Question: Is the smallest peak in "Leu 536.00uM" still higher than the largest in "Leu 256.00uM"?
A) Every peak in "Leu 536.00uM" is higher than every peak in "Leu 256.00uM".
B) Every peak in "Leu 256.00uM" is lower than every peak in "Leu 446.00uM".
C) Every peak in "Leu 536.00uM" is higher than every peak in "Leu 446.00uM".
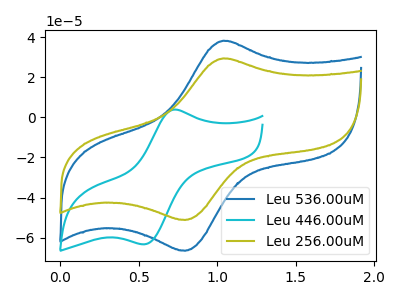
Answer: <think>The blue curve "Leu 536.00uM" has an anodic peak at (1.05V, 38.20uA) and a cathodic peak at (0.80V, -66.50uA). The cyan curve "Leu 446.00uM" has an anodic peak at (0.75V, 3.90uA) and a cathodic peak at (0.55V, -63.25uA). The olive curve "Leu 256.00uM" has an anodic peak at (1.05V, 29.40uA) and a cathodic peak at (0.80V, -51.15uA).</think>
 <answer>A) Every peak in "Leu 536.00uM" is higher than every peak in "Leu 256.00uM".</answer>
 <eval>A</eval>